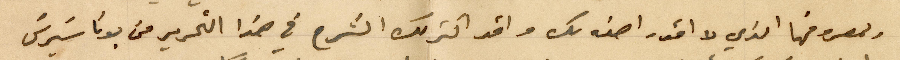
بمعروفها الذي لا اقدر اصفه لك واقد اكثر لك الشرح في هذا التحرير من بوناسَيرسَ